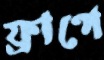
ফ্রাপে